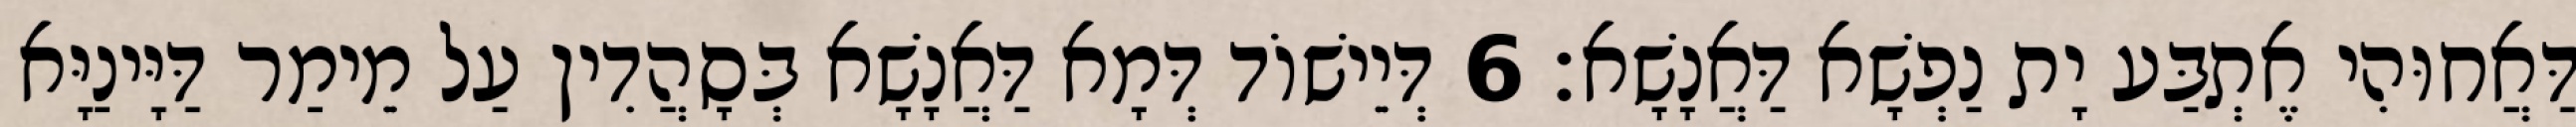
דַּאֲחוּהִי אֶתְבַּע יָת נַפְשָׁא דַּאֲנָשָׁא׃ 6 דְּיֵישׁוֹד דְּמָא דַּאֲנָשָׁא בְּסָהֲדִין עַל מֵימַר דַּיָּינַיָּא